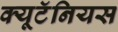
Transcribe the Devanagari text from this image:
क्यूटॅनियस